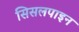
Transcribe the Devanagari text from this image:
सिसलपाइन